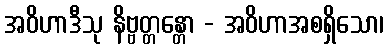
အဝိဟာဒီသု နိဗ္ဗတ္တန္တော - အဝိဟာအစရှိသော၊